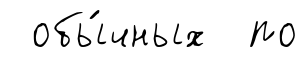
обы́чных по